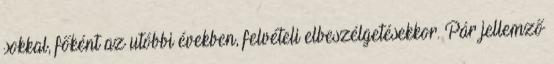
sokkal, főként az utóbbi években, felvételi elbeszélgetésekkor. Pár jellemző